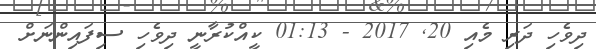
ދިވެހި ދަރި މެއި 20